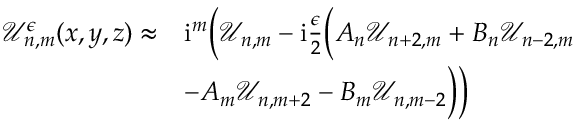
\begin{array} { r l } { \mathcal { U } _ { n , m } ^ { \epsilon } ( x , y , z ) \approx } & { \mathrm { i } ^ { m } \bigg ( \mathcal { U } _ { n , m } - \mathrm { i } \frac { \epsilon } { 2 } \Big ( A _ { n } \mathcal { U } _ { n + 2 , m } + B _ { n } \mathcal { U } _ { n - 2 , m } } \\ & { - A _ { m } \mathcal { U } _ { n , m + 2 } - B _ { m } \mathcal { U } _ { n , m - 2 } \Big ) \bigg ) } \end{array}